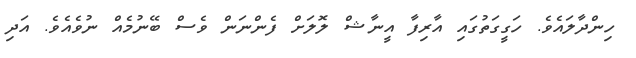
ހިންދާލައެވެ. ހަގީގަތުގައި އާރިފާ އީނާޝް ލޮލަށް ފެންނަން ވެސް ބޭނުމެއް ނުވެއެވެ. އަދި